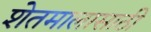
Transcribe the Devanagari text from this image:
शेतमालासाठी